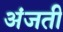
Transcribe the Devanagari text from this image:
अंजती